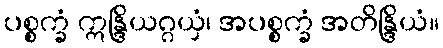
ပစ္စက္ခံ ဣန္ဒြိယဂ္ဂယှံ၊ အပစ္စက္ခံ အတိန္ဒြိယံ။